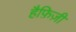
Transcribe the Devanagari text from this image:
हैफ़िज़ी